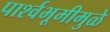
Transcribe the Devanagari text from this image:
पार्श्वभूमीमुळे